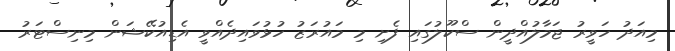
މިއަދު ހަވީރު ޖަމާލުއްދީން ސްކޫލުގައި ފެށި މި މައުރަޒު ހުޅުވައިދެއްވީ އެޑިއުކޭޝަން މިނިސްޓަރު